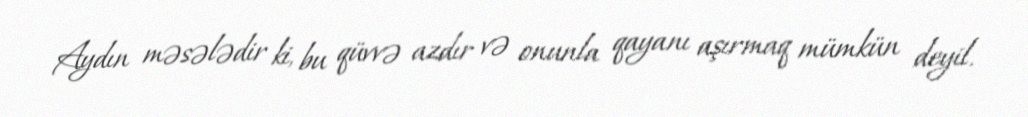
Aydın məsələdir ki, bu qüvvə azdır və onunla qayanı aşırmaq mümkün deyil.